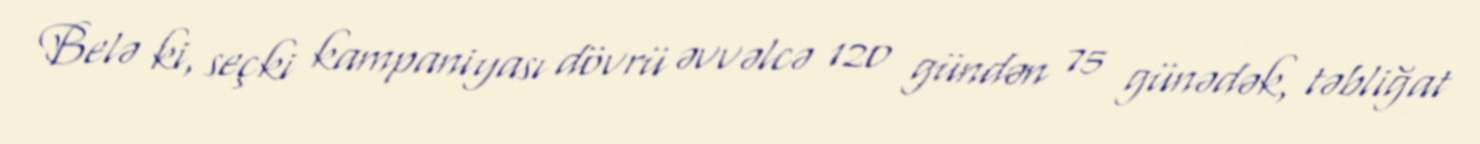
Belə ki, seçki kampaniyası dövrü əvvəlcə 120 gündən 75 günədək, təbliğat